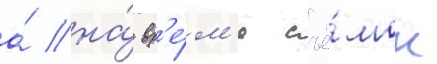
а́ на́ вр'е́м'я съё́мок